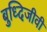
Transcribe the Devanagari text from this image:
बुध्दिजीवी